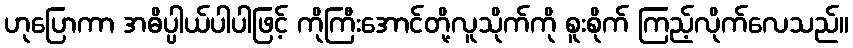
ဟုပြောကာ အဓိပ္ပါယ်ပါပါဖြင့် ကိုကြီးအောင်တို့လူသိုက်ကို စူးစိုက် ကြည့်လိုက်လေသည်။